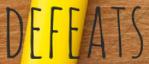
DEFEATS